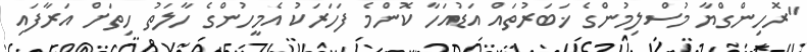
"ރޮހިންގްޔާ މުސްލިމުންގެ ޚަބަރުތައް އަޑުއަހާ ކޮންމެ ފަހަރަކު އެމީހުންގެ ހާލަތު ހިތަށް އަރާފައި